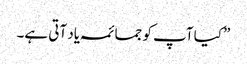
”کیا آپ کو جمائمہ یاد آتی ہے۔